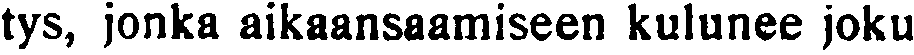
tys, jonka aikaansaamiseen kulunee joku